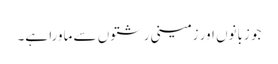
جو زبانوں اور زمینی رشتوں سے ماورا ہے۔